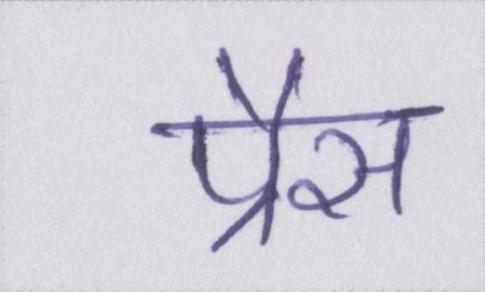
प्रैस